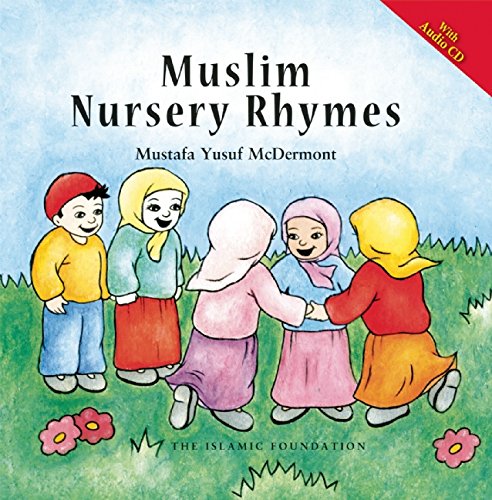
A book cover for Muslim Nursery Rhymes (with Audio CD); Mustafa Yusuf McDermott; Children's Books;